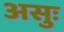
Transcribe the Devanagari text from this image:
असुः